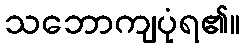
သဘောကျပုံရ၏။